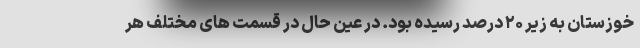
خوزستان به زیر ۲۰ درصد رسیده بود. در عین حال در قسمت های مختلف هر